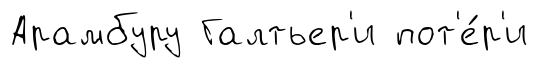
Арамбуру Галтьер'и пот'е́р'и